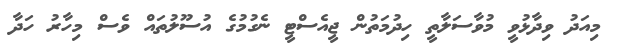
މިއަދު ވިދާޅުވީ މުވާސަލާތީ ހިދުމަތުން ޖީއެސްޓީ ނެގުމުގެ އުސޫލުތައް ވެސް މިހާރު ހަދާ